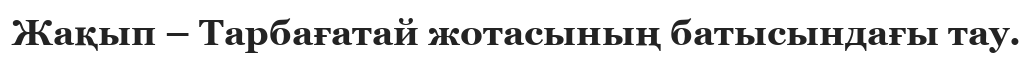
Жақып – Тарбағатай жотасының батысындағы тау.